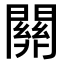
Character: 𨶚